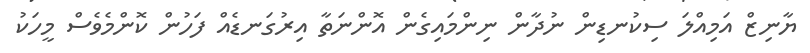
ޔާނިޒް އަމިއްލަ ސިކުނޑިން ނުދާން ނިންމައިގެން އޮންނަތާ އިރުގަނޑެއް ފަހުން ކޮންމެވެސް މީހަކު